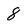
Character: 8